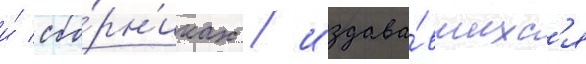
и́ сбо́рн'иках / издава́вшихс'я